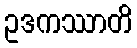
ဥဒကဿာတိ